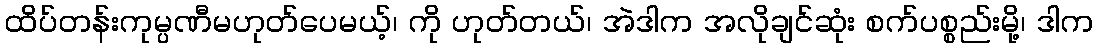
ထိပ်တန်းကုမ္ပဏီမဟုတ်ပေမယ့်၊ ကို ဟုတ်တယ်၊ အဲဒါက အလိုချင်ဆုံး စက်ပစ္စည်းမို့၊ ဒါက